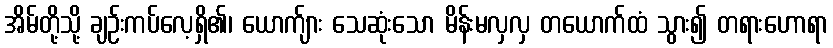
အိမ်တို့သို့ ချဉ်းကပ်လေ့ရှိ၏၊ ယောက်ျား သေဆုံးသော မိန်းမလှလှ တယောက်ထံ သွား၍ တရားဟောရာ